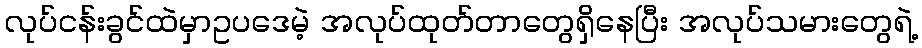
လုပ်ငန်းခွင်ထဲမှာဥပဒေမဲ့ အလုပ်ထုတ်တာတွေရှိနေပြီး အလုပ်သမားတွေရဲ့